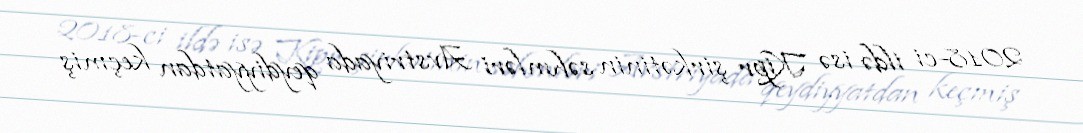
2018-ci ildə isə Kipr şirkətinin səhmləri Avstriyada qeydiyyatdan keçmiş